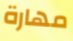
مهارة